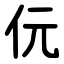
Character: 㐾